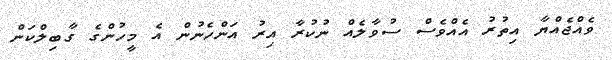
ވެއްޖެއްޔާ އިތުރު އެއްވެސް ސުވާލެއް ނުކުރާ އިރު އަންހެނުން އެ މީހުންގެ ގާބިލްކަން